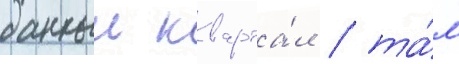
данныи кварта́л / та́м